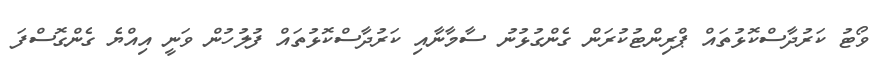
ވޯޓު ކަރުދާސްކޮޅުތައް ޕްރިންޓުކުރަން ގެންގުޅުނު ސާމާނާއި ކަރުދާސްކޮޅުތައް ފުލުހުން ވަނީ އިއްޔެ ގެންގޮސްފަ